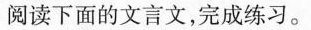
阅读下面的文言文，完成练习。